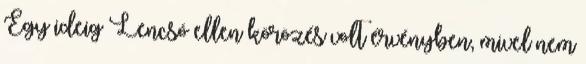
Egy ideig Lencsó ellen körözés volt érvényben, mivel nem